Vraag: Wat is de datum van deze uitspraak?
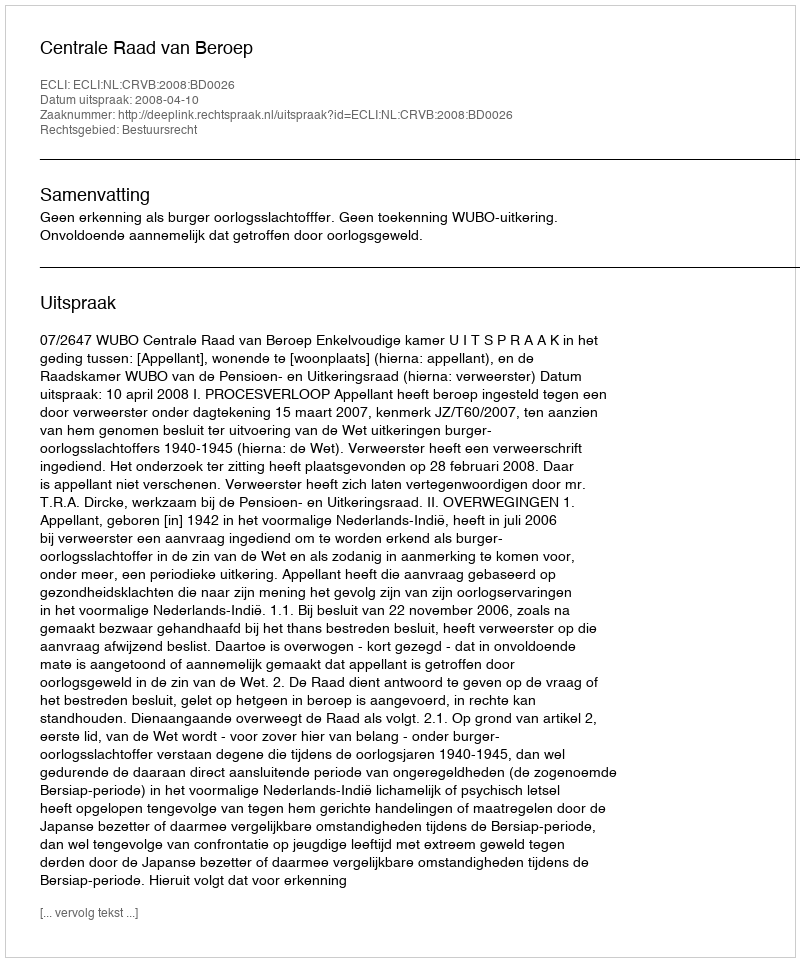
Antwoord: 2008-04-10